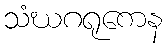
သံဃဂရုကေန